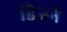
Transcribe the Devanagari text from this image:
डिजने